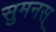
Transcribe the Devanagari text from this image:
सुमनस्